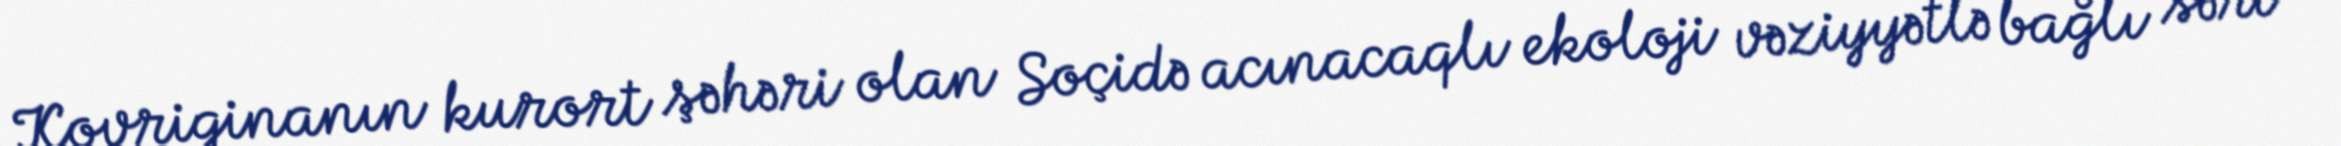
Kovriginanın kurort şəhəri olan Soçidə acınacaqlı ekoloji vəziyyətlə bağlı sərt